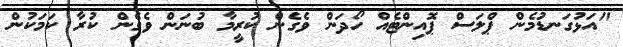
"އަޅުގަނޑުމެން ޕްލަސް ޕޮއިންޓެއް ހޯދަން ވެގެން ކުރީމާ ބުނަން ވެގެން ކުރާ ކަމަކުން